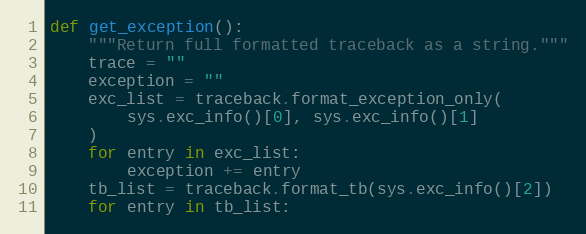
Language: Python
def get_exception():
    """Return full formatted traceback as a string."""
    trace = ""
    exception = ""
    exc_list = traceback.format_exception_only(
        sys.exc_info()[0], sys.exc_info()[1]
    )
    for entry in exc_list:
        exception += entry
    tb_list = traceback.format_tb(sys.exc_info()[2])
    for entry in tb_list: